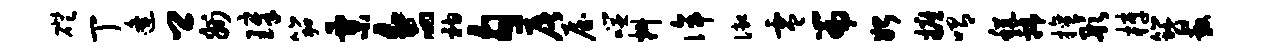
磴丁逄卿州璋笳粟合衲勾屠屋噬料侔御零篇始摭喟税虢擅彤梓簪敷